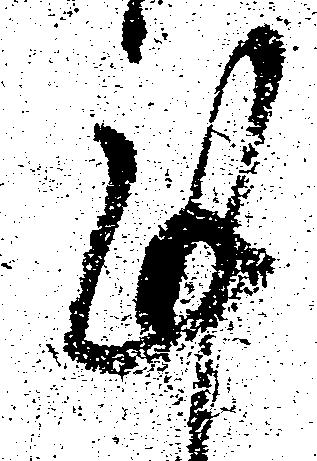
謹